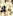
و